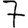
Digit: 7